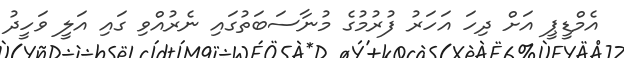
އެމްޑީޕީ އަށް ދިހަ އަހަރު ފުރުމުގެ މުނާސަބަތުގައި ނެރުއްވި ގައި އަލީ ވަހީދު